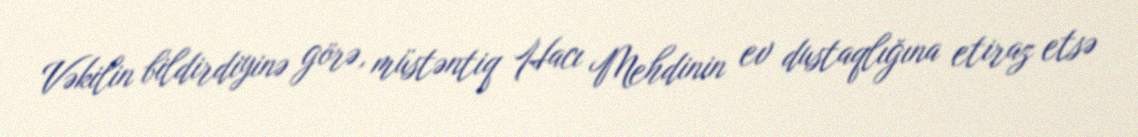
Vəkilin bildirdiyinə görə, müstəntiq Hacı Mehdinin ev dustaqlığına etiraz etsə